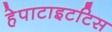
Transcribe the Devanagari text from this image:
हेपाटाइटटिस